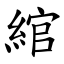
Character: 綰